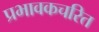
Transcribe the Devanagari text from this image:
प्रभावकचरित